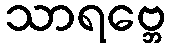
သာရဗ္ဘေ